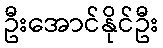
ဦးအောင်နိုင်ဦး